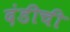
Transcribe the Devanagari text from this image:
दंडीची